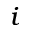
_ i